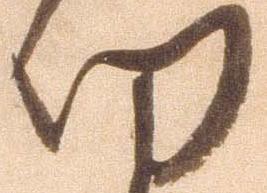
切